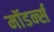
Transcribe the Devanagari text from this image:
मॉडर्न्स